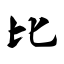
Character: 比